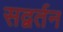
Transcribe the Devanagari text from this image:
सद्वर्तन